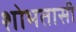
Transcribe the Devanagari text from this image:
शोभतासी